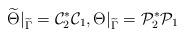
LaTeX: \begin{align*}\widetilde\Theta\vert_{\widetilde \Gamma}=\mathcal C_2^* \mathcal C_1,\Theta\vert_{\widetilde \Gamma}=\mathcal P_2^*\mathcal P_1\end{align*}